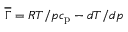
\overline { { \Gamma } } = R T / p c _ { \mathrm { p } } - d T / d p